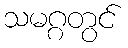
သမဂ္ဂတွင်